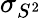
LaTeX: \sigma_{S^{2}}